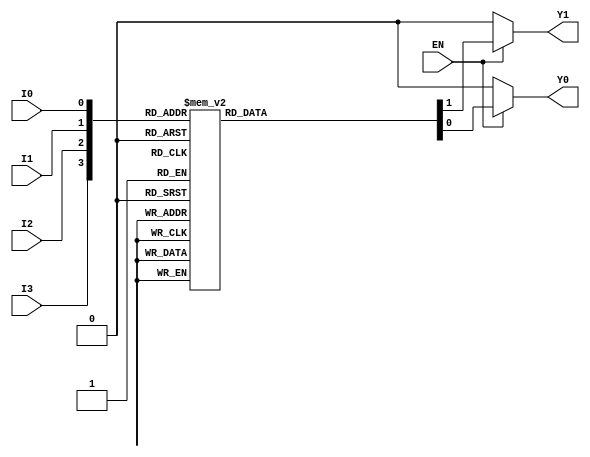
module encoder_4to2 (
    input wire I0,    // Input 0
    input wire I1,    // Input 1
    input wire I2,    // Input 2
    input wire I3,    // Input 3
    input wire EN,    // Enable signal
    output reg Y0,    // Output 0
    output reg Y1     // Output 1
);

// Always block that triggers on changes to inputs or enable
always @(*) begin
    // Default outputs when enable is low
    if (!EN) begin
        Y0 = 1'b0;
        Y1 = 1'b0;
    end else begin
        // Assign output based on active input
        case ({I3, I2, I1, I0}) // concatenate inputs into a single vector
            4'b0000: begin // No inputs active
                Y0 = 1'b0;
                Y1 = 1'b0;
            end
            4'b0001: begin // I0 is active
                Y0 = 1'b0;
                Y1 = 1'b0;
            end
            4'b0010: begin // I1 is active
                Y0 = 1'b1;
                Y1 = 1'b0;
            end
            4'b0100: begin // I2 is active
                Y0 = 1'b0;
                Y1 = 1'b1;
            end
            4'b1000: begin // I3 is active
                Y0 = 1'b1;
                Y1 = 1'b1;
            end
            4'b0011: begin // I0 and I1 active - I1 (priority 1)
                Y0 = 1'b1;
                Y1 = 1'b0;
            end
            4'b0101: begin // I0 and I2 active - I2 (priority 2)
                Y0 = 1'b0;
                Y1 = 1'b1;
            end
            4'b1001: begin // I0 and I3 active - I3 (priority 3)
                Y0 = 1'b1;
                Y1 = 1'b1;
            end
            4'b0110: begin // I1 and I2 active - I2 (priority 2)
                Y0 = 1'b0;
                Y1 = 1'b1;
            end
            4'b1100: begin // I2 and I3 active - I3 (priority 3)
                Y0 = 1'b1;
                Y1 = 1'b1;
            end
            4'b0111: begin // I1, I2 and I3 active - I3 (priority 3)
                Y0 = 1'b1;
                Y1 = 1'b1;
            end
            4'b1110: begin // I2 and I3 active - I3 (priority 3)
                Y0 = 1'b1;
                Y1 = 1'b1;
            end
            4'b1011: begin // I0, I1, I3 active - I3 (priority 3)
                Y0 = 1'b1;
                Y1 = 1'b1;
            end
            4'b1101: begin // I1, I2, I3 active - I3 (priority 3)
                Y0 = 1'b1;
                Y1 = 1'b1;
            end
            4'b1111: begin // All inputs active - I3 (priority 3)
                Y0 = 1'b1;
                Y1 = 1'b1;
            end
            default: begin
                Y0 = 1'b0;
                Y1 = 1'b0; // Default case
            end
        endcase
    end
end

endmodule